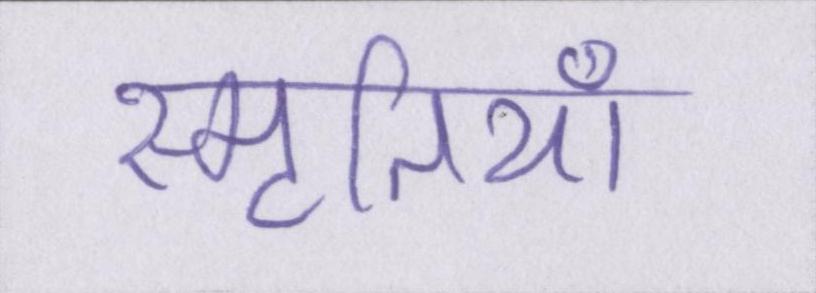
स्मृतियाँ